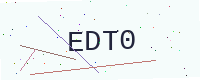
Text: EDT0